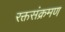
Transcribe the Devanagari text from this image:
रक्तसंक्रमण